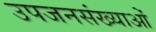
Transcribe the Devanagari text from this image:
उपजनसंख्याओं